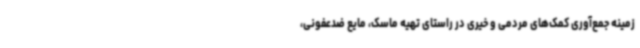
زمینه جمع‌آوری کمک‌های مردمی و خیری در راستای تهیه ماسک، مایع ضدعفونی،